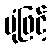
ပုံဖြင့်